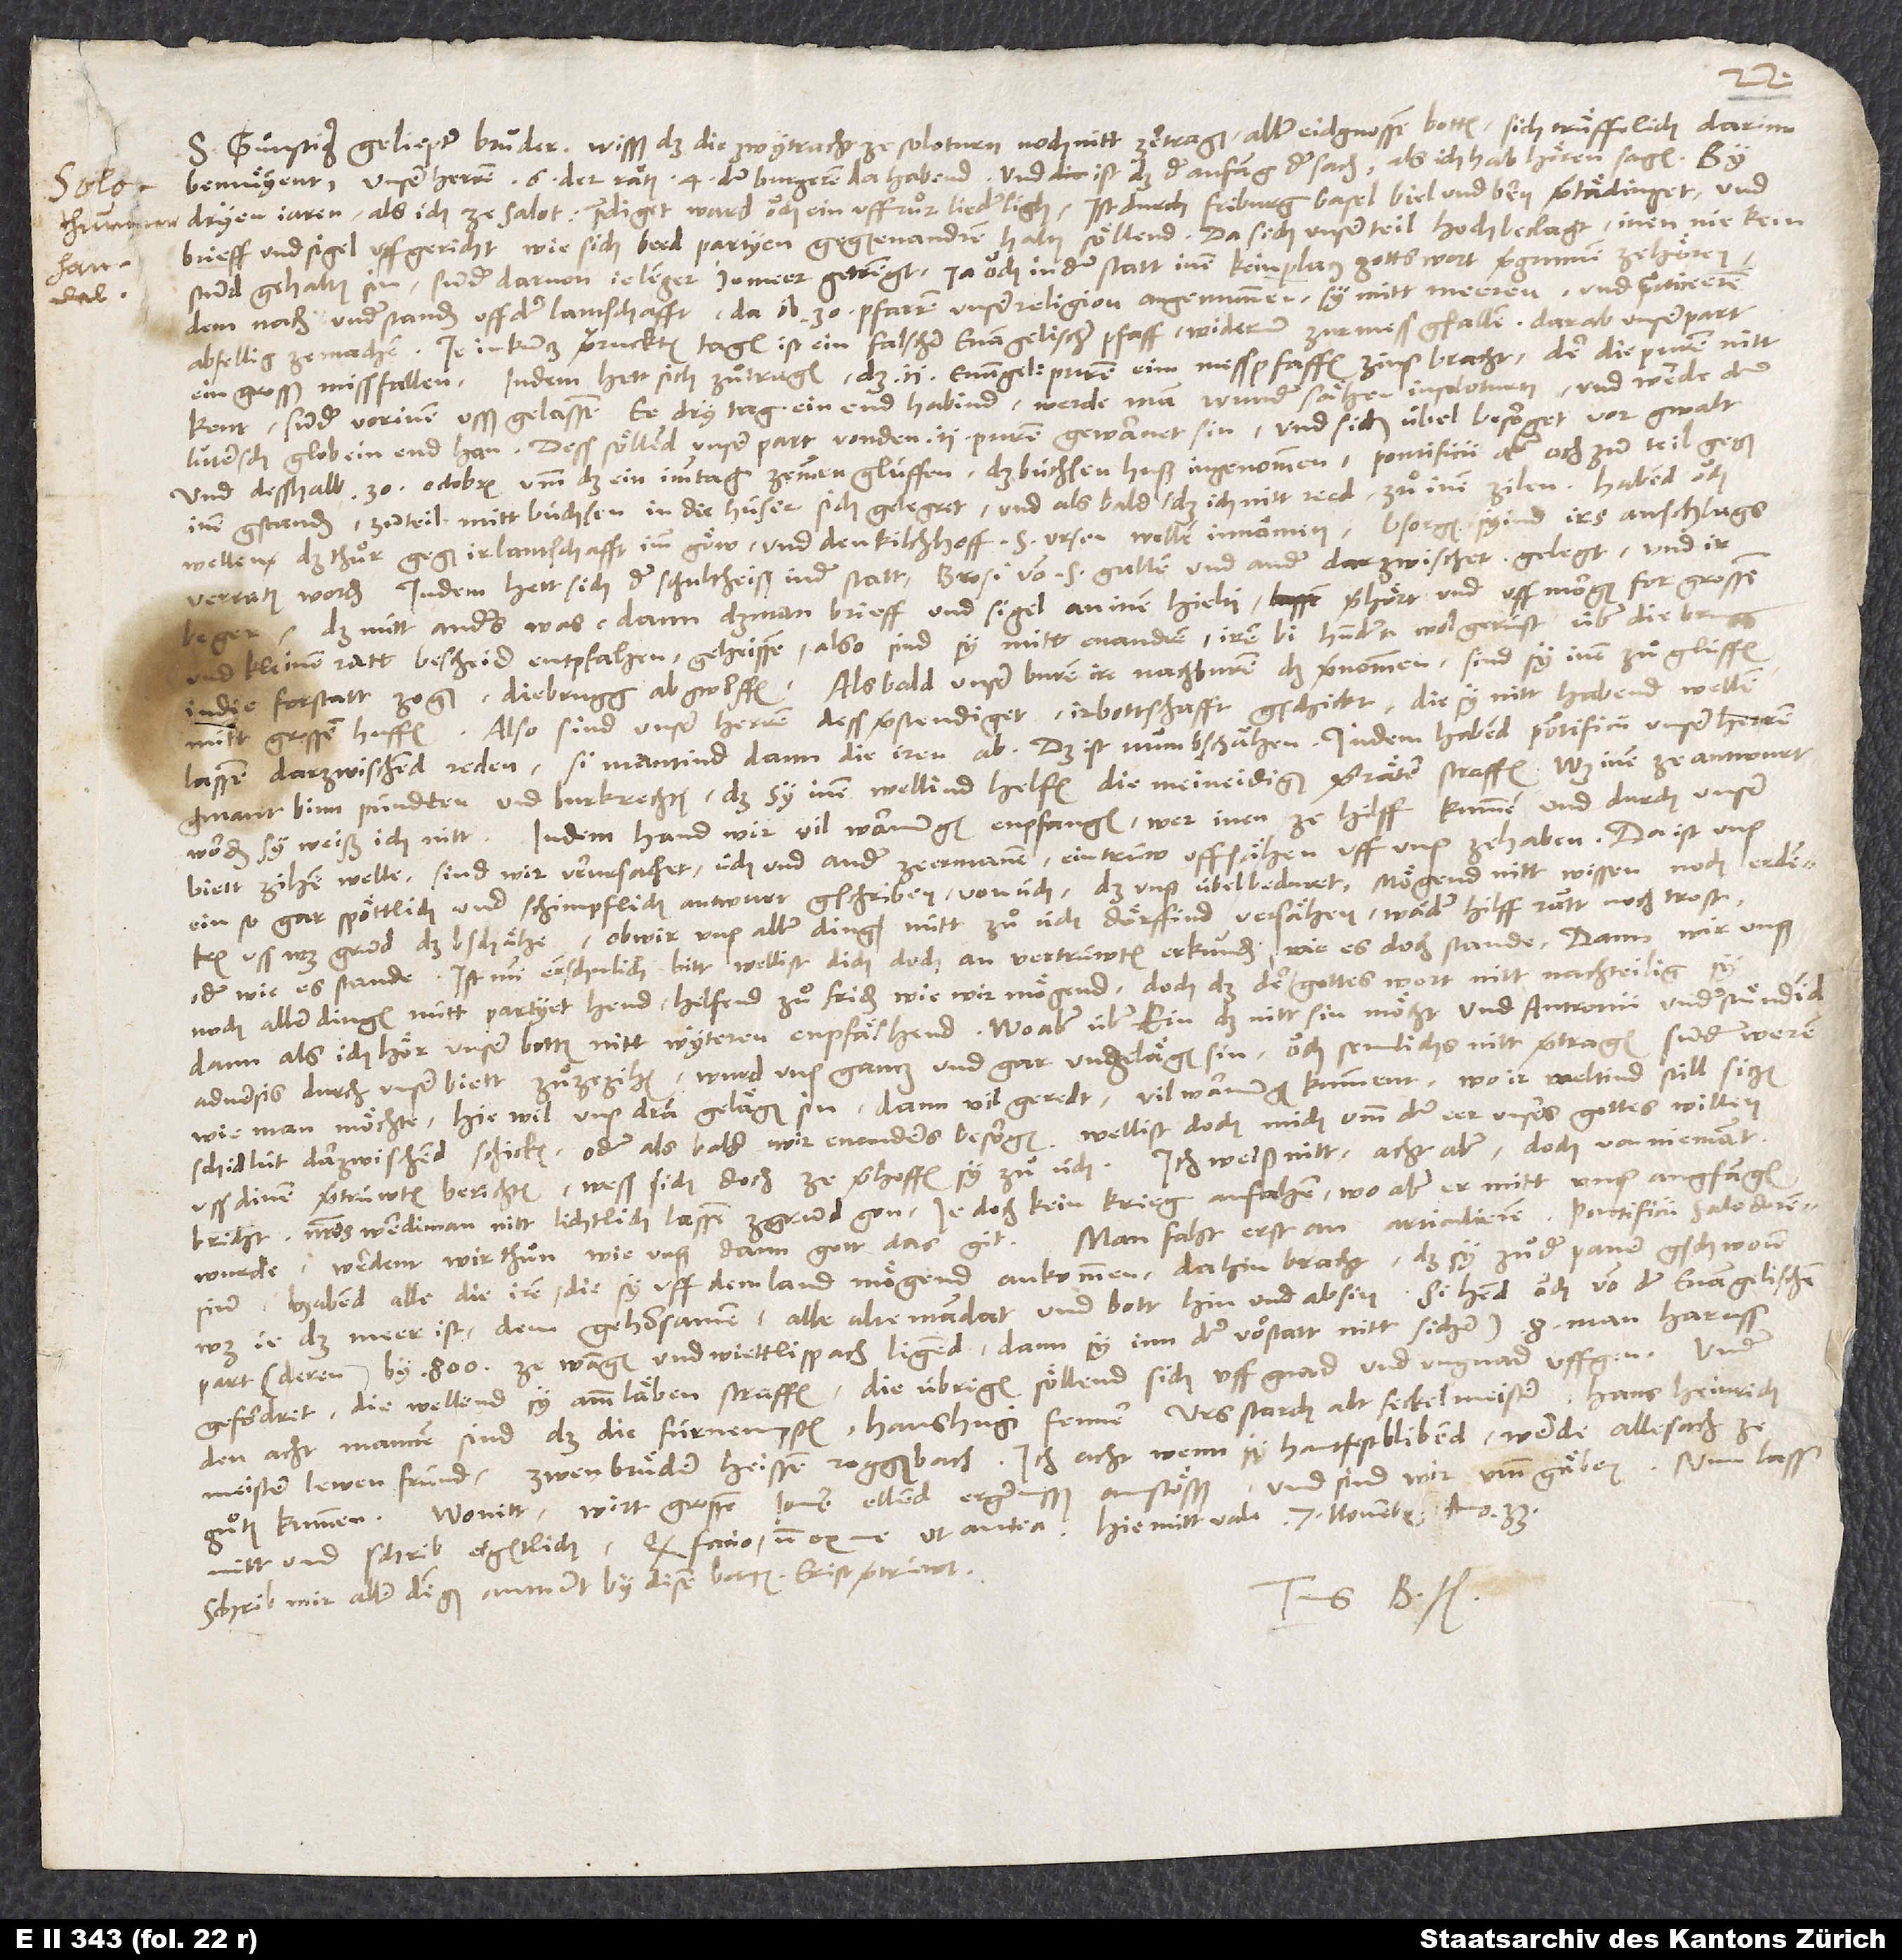
bemuͤyent, unser herren 6 der räten, 4 der burgeren da habend. Und ist das der anfang der sach, als ich hab hören sagen: By
dryen jaren, als ich ze Soloturn prediget, ward ouch ein uffruͦr liederligh. Ist durch Friburg, Basel, Biel und Bern vertädinget, und
brieff und sigel uffgericht, wie sich beed partyen gegenenandren halten söllend, da sich unser teil hoch beclagt, inen nie kein
stund gehalten sin, sunder darvon je lenger je meer getrengt, ja ouch in der statt inen kein platz gotts wort vergünnen ze hören,
demnach understanden uff der lantschafft, da ob 30 pfarren unser religion angenummen, sy mitt meeren und practicieren
abfellig ze machen. Je in kurtz verrückten tagen ist ein falscher evangelischer pfaff widerum zur mess gfallen, darab unser part
ein grosß missfallen. Indem hett sich zuͦtragen, daß 2 evangelisch puren eim messpfaffen zins bracht, der die puren nitt
kent, sunder vor inen usßgelassen, ee dry tag ein end habind, werde man wunder sähen in Soloturn, und werde der
lutersch glob ein end han. Dess söllind unser part von den 2 puren gewarnet sin und sich übel besorget vor gwalt
und desshalb 30. octobris umm das ein imm tag zemmen glüffen, das büchsenhuß ingenommen, pontificii aber och zum teil gegen
inen gstanden, zum teil mitt büchsen in die hüser sich gelegret und alsbald, daß ich nitt reed zuͦ inen zilen, habend ouch
wellen das thuͦr gegen ir lantschafft im Göw und den kilchhoff S. Ursen wellen innämen, bsorgen, syind irs anschlags
verraten worden. Indem hett sich der schultheiß in der statt, Brosi von S. Gallen und ander darzwischet gelegt und ir
das nütt anders was, dann daß man brieff und sigel an inen hielti, verhört und uff morgen for grossem
kleinem ratt bescheid entpfahen geheissen. Also sind sy mitt enandren, iren bi hundert wol gerüst, über die brugg
die forstatt zogen, die brugg abgworffen. Als bald unser buren, ire nachburen, das vernommen, sind sy inen zuͦ glüffen
S.
Also sind unser herren dess verstendiget, ir bottschafft gschickt, die sy nitt habend wellen
mit grossen huffen.
lassen darzwischen reden, si mantind dann die iren ab. Das ist nun bschähen. Indem habend pontificii unser herren
gmant binn pündten und burkrechten, daß sy inen wellind helfen, die meineidigen verräter straffen. Was inen ze antwurt
worden sy, weiß ich nitt. Indem hand wir vil warnungen enpfangen, wer inen ze hilff kummen und durch unser
biett zihen welle; sind wir verursachet, üch und ander ze ermanen, ein trüw uffsähen uff uns ze haben. Da ist uns
ein so gar spöttlich und schimpflich antwurt gschriben von üch, daß unß übel beduret. Mögend nitt wissen noch erdenken,
uss was grund das bschähe, ob wir uns aller dingen nütt zuͦ üch dörffind versähen, wäder hilff, rätt noch trost,
oder wie es stande. Ist min ernschnlich bitt, wellist dich doch an vertrüwten erkunden, wie es doch stande, dann wir unß
noch aller dingen nütt partyet hend, helfend zuͦ friden, wie wir mögend, doch daß der gottes wort nitt nachteilig sy,
dann, als ich hör, unser botten nitt wyteren empfäl hend. Wo aber über ein das nitt sin möcht und Antronii understuͤndind,
adversis durch unser biett zuͦzezihen, wurd uns gantz und gar ungelägen sin, ouch semlichs nitt vertragen, sunder weren,
wie man möchte. Hie wil uns dran gelägen sin, dann vil geredt, vil warnungen kummen, wo ir weltind still sitzen,
schid lüt darzwischend schicken, oder als bald wir enanders besorgen. Wellist doch mich umm der eer unsers gottes willen
uß dinen vertrüwten berichten, wess sich doch ze verhoffen sy zuͦ üch. Ich weiß nitt, acht aber, doch von niemant
bricht, nostros werdi man nitt lichtlich lassen zgrund gon, jedoch kein krieg anfahen. Wo aber er mitt uns angfangen
wurde, werdent wir thuͦn, wie unß dann gott das git. Man faht erst an articulieren. Pontificii Salodorensium
habend alle die iren, die sy uff dem land mögend ankommen, dahin bracht, das sy zuͦ der paner gschworen,
was je das meer ist, dem gehorsamen, alle alte mandat und bott hin und ab sin. Si hend ouch von den evangelischen
part (deren by 800 ze Wangen und Wiettlispach ligend, dann sy inn der vorstatt nitt sicher)8 man haruss
gefordret, die wellend sy amm läben straffen. Die übrigen söllend sich uff gnad und ungnad uffgen. Under
den acht mannen sind das die fürnempsten: Hans Hugi fenner, Urs Starch alt seckelmeister, Hans Heinrich
Meister Lewen fründ, zwen bruͤder, heissen Roggenbach. Ich acht, wenn sy hantfest blibend, werde alle sach
guͦtem kummen, wo nitt, wirt großen jomer, eilend, ergernusß anstösß, und sind wir ummgäben. Nun lasß
Schrib mir aller dingen antwurt by disem botten. Er ist vertrüwt.